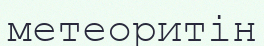
метеоритін